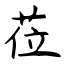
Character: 莅